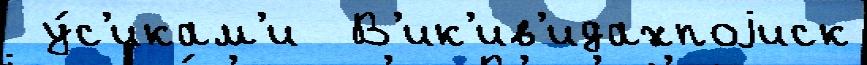
 у́с'икам'и  В'ик'ив'идахпоjиск